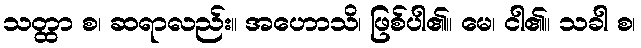
သတ္ထာ စ၊ ဆရာလည်း။ အဟောသိ၊ ဖြစ်ပါ၏။ မေ၊ ငါ၏။ သခါ စ၊